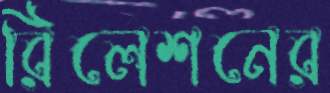
রিলেশনের